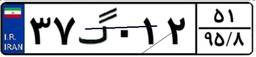
۳۷گ۰۱۲۵۱